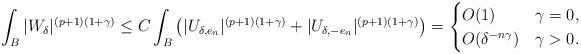
LaTeX: \begin{align*}\int_{B} |W_\delta|^{(p+1)(1+\gamma)}\leq C\int_{B} \left(|U_{\delta,e_n}|^{(p+1)(1+\gamma)}+|U_{\delta,-e_n}|^{(p+1)(1+\gamma)} \right) =\begin{cases}O(1) & \gamma=0,\\O(\delta^{-{n\gamma}}) & \gamma>0.\end{cases}\end{align*}